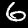
Label: 6